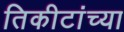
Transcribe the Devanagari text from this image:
तिकीटांच्या